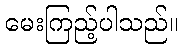
မေးကြည့်ပါသည်။